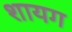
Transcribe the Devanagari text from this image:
शायग